Lunatic asylums Bombay report 1891-1903 - 1891-1903
Year: 1891
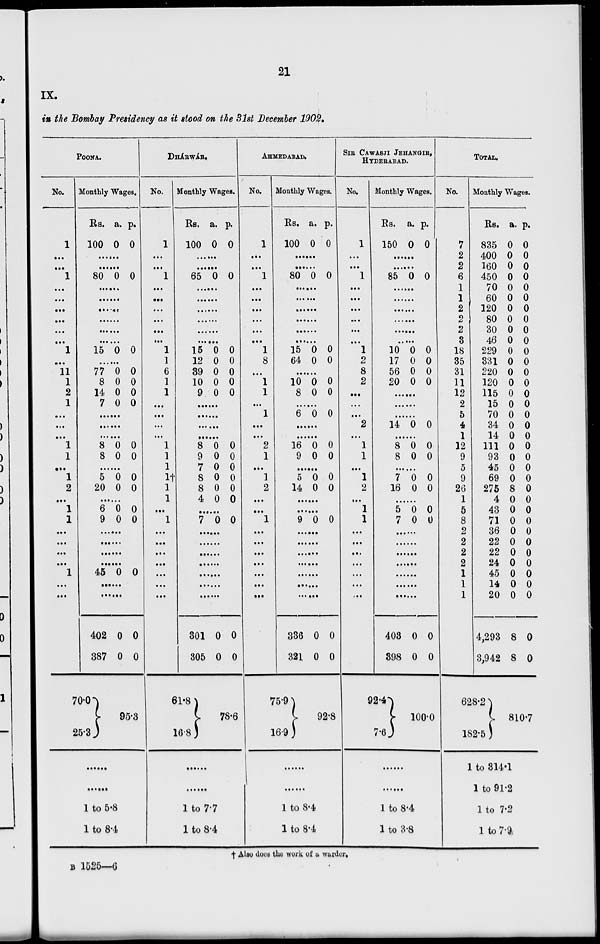
21
IX.
in the Bombay Presidency as it stood on the 31st December 1902.
POONA.
No.
1
...
...
1
...
...
...
...
...
...
1
...
11
1
2
1
...
...
...
1
1
...
1
2
...
1
1
...
...
...
...
1
...
...
...
...
Monthly Wages.
Rs.
100
a.
0
p.
0
......
......
80 0 0
......
......
......
......
......
......
15 0 0
......
77
8
14
7
0
0
0
0
0
0
0
0
......
......
......
8
8
0
0
0
0
......
5
20
0
0
0
0
......
6
9
0
0
0
0
......
......
......
......
45 0 0
......
......
402
387
70.0
25.3
0
0
0
0
95.3
......
......
1 to 5.8
1 to 8.4
DHÁRWÁR.
No.
1
...
...
1
...
...
...
...
...
...
1
1
6
1
1
...
...
...
...
1
1
1
1†
1
1
...
1
...
...
...
...
...
...
...
...
...
Monthly Wages.
Rs.
100
a.
0
p.
0
......
......
65 0 0
......
......
......
......
......
......
15
12
89
10
9
0
0
0
0
0
0
0
0
0
0
......
......
......
......
8
9
7
8
8
4
0
0
0
0
0
0
0
0
0
0
0
0
......
7 0 0
......
......
......
......
......
......
......
301
305
61.8
16.8
0
0
0
0
78.6
......
......
1 to 7.7
1 to 8.4
AHMEDABAD.
No.
1
...
...
1
...
...
...
...
...
...
1
8
...
1
1
...
1
...
...
2
1
...
1
2
...
...
1
...
...
...
...
...
...
...
...
...
Monthly Wages.
Rs.
100
a.
0
p.
0
......
......
80 0 0
......
......
......
......
......
......
15
64
0
0
0
0
......
10
8
0
0
0
0
......
6 0 0
......
......
16
9
0
0
0
0
......
5
14
0
0
0
0
......
......
9 0 0
......
......
......
......
......
......
......
336
321
75.9
16.9
0
0
0
0
92.8
......
......
1 to 8.4
1 to 8.4
SIR CAWASJI JEHANGIR,
HYDERABAD.
No.
1
...
...
1
...
...
...
...
...
...
1
2
8
2
...
...
...
2
...
1
1
...
1
2
...
1
1
...
...
...
...
...
...
...
...
...
Monthly Wages.
Rs.
150
a.
0
p.
0
......
......
85 0 0
......
......
......
......
......
......
10
17
56
20
0
0
0
0
0
0
0
0
......
......
......
14 0 0
......
8
8
0
0
0
0
......
7
16
0
0
0
0
......
5
7
0
0
0
0
......
......
......
......
......
......
......
403
398
92.4
7.6
0
0
0
0
100.0
......
......
1 to 8.4
1 to 3.8
TOTAL.
No.
7
2
2
6
1
1
2
2
2
3
18
35
31
11
12
2
5
4
1
12
9
5
9
26
1
5
8
2
2
2
2
1
1
1
Monthly Wages.
Rs.
835
400
160
450
70
60
120
80
30
46
229
331
220
120
115
15
70
34
14
111
93
45
69
275
4
43
71
36
22
22
24
45
14
20
4,293
3,942
628.2
182.5
a.
0
0
0
0
0
0
0
0
0
0
0
0
0
0
0
0
0
0
0
0
0
0
0
8
0
0
0
0
0
0
0
0
0
0
8
8
p.
0
0
0
0
0
0
0
0
0
0
0
0
0
0
0
0
0
0
0
0
0
0
0
0
0
0
0
0
0
0
0
0
0
0
0
0
810.7
1 to 314.1
1 to 91.2
1 to 7.2
1 to 7.9.
†Also does the work of a warder.
B 1525—6